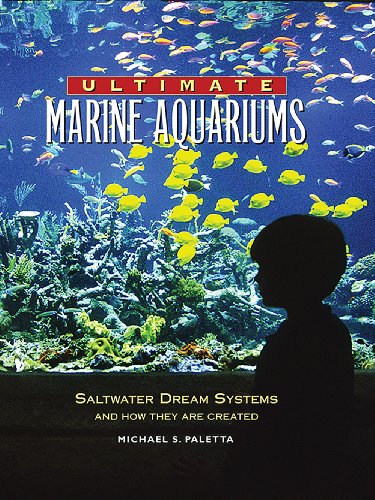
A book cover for Ultimate Marine Aquariums: Saltwater Dream Systems and How They Are Created; Michael S. Paletta; Crafts, Hobbies & Home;